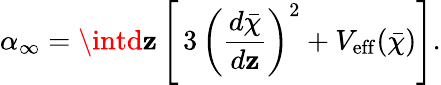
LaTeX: \alpha_{\infty}=\intd\mathbf{z}\left[\, 3\, \left(\frac{{d\bar{{\chi}}}}{{d\mathbf{z}}}\right)^{2}+V_{\mathrm{{eff}}}(\bar{{\chi}})\right].